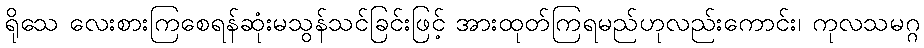
ရိုသေ လေးစားကြစေရန်ဆုံးမသွန်သင်ခြင်းဖြင့် အားထုတ်ကြရမည်ဟုလည်းကောင်း၊ ကုလသမဂ္ဂ